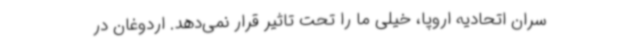
سران اتحادیه اروپا، خیلی ما را تحت تاثیر قرار نمی‌دهد. اردوغان در